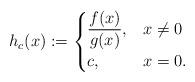
LaTeX: \begin{align*}h_c(x) := \begin{cases}\displaystyle \frac{f(x)}{g(x)}, & x \not= 0\\c, & x=0.\end{cases}\end{align*}